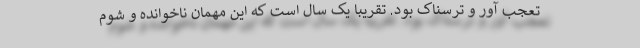
تعجب آور و ترسناک بود. تقریبا یک سال است که این مهمان ناخوانده و شوم